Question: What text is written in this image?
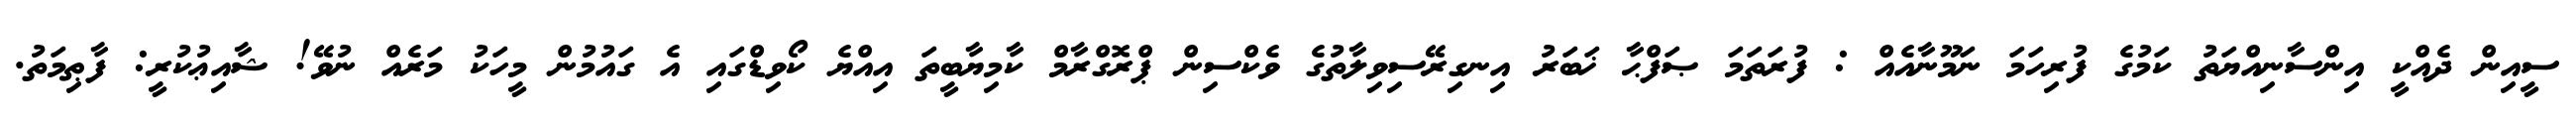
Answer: ސީއިން ދެއްކީ އިންސާނިއްޔަތު ކަމުގެ ފުރިހަމަ ނަމޫނާއެއް : ފުރަތަމަ ޞަފްޙާ ޚަބަރު އިނގިރޭސިވިލާތުގެ ވެކްސިން ޕްރޮގްރާމް ކާމިޔާބީތަ އިއްޔެ ކޯވިޑްގައި އެ ގައުމުން މީހަކު މަރެއް ނުވޭ! ޝާއިޢުކުރީ: ފާޠިމަތު.